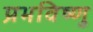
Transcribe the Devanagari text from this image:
प्रभविष्णु